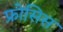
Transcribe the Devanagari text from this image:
फ्रोसिस